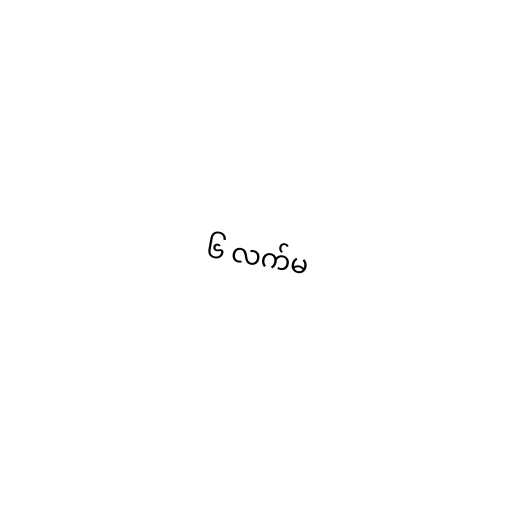
၆ လက်မ